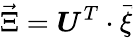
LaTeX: \vec{\Xi}=\boldsymbol{U}^{T}\cdot\vec{\xi}